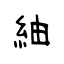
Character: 紬